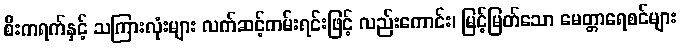
စီးကရက်နှင့် သကြားလုံးများ လက်ဆင့်ကမ်းရင်းဖြင့် လည်းကောင်း၊ မြင့်မြတ်သော မေတ္တာရေစင်များ